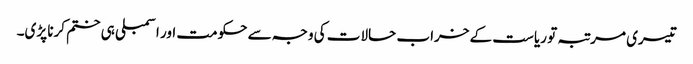
تیسری مرتبہ تو ریاست کے خراب حالات کی وجہ سے حکومت اور اسمبلی ہی ختم کرنا پڑی۔